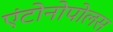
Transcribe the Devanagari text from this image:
एंटोनोपोलस